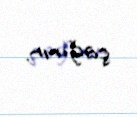
çağırır.